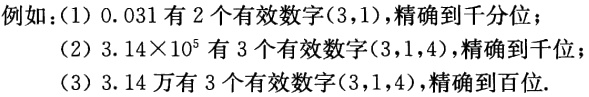
例如：(1) \(0.031\) 有 \(2\) 个有效数字\((3,1)\)，精确到千分位；
(2) \(3.14\times10^{5}\) 有 \(3\) 个有效数字\((3,1,4)\)，精确到千位；
(3) \(3.14\) 万有 \(3\) 个有效数字\((3,1,4)\)，精确到百位.